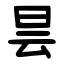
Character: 昙